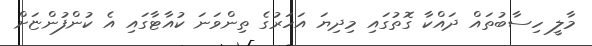
މާލީ ހިސާބުތައް ދައްކާ ގޮތުގައި މިދިޔަ އަހަރުގެ ތިންވަނަ ކުއާޓާގައި އެ ކުންފުންޏަށް